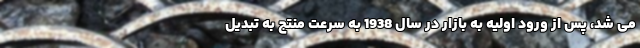
می شد، پس از ورود اولیه به بازار در سال 1938 به سرعت منتج به تبدیل